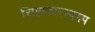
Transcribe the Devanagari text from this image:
शिष्टाचारस्वरुप